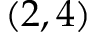
( 2 , 4 )